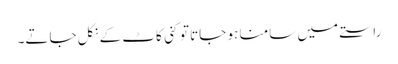
راستے میں سامنا ہو جاتا تو کنی کاٹ کے نکل جاتے۔